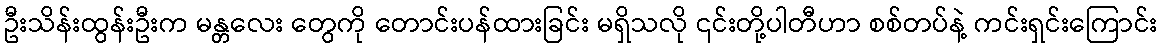
ဦးသိန်းထွန်းဦးက မန္တလေး တွေကို တောင်းပန်ထားခြင်း မရှိသလို ၎င်းတို့ပါတီဟာ စစ်တပ်နဲ့ ကင်းရှင်းကြောင်း